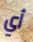
أي